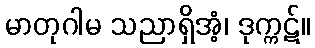
မာတုဂါမ သညာရှိအံ့၊ ဒုက္ကဋ်။